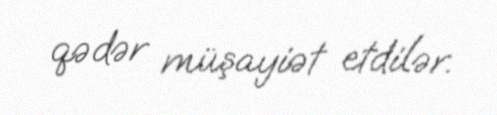
qədər müşayiət etdilər.